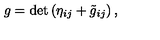
g = \mathrm { d e t } \left( \eta _ { i j } + { \tilde { g } } _ { i j } \right) ,